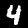
Label: 4